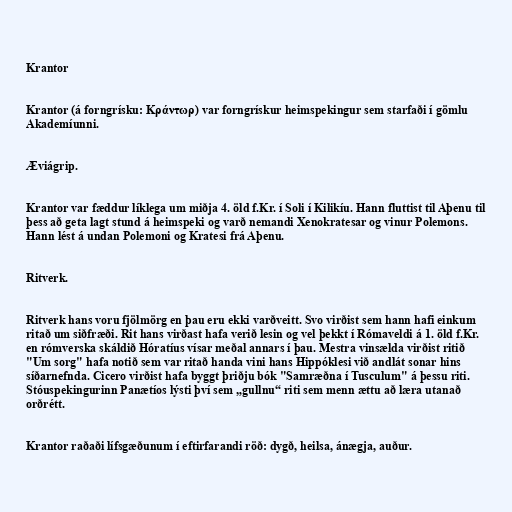
Krantor

Krantor (á forngrísku: Κράντωρ) var forngrískur heimspekingur sem starfaði í gömlu
Akademíunni.

Æviágrip.

Krantor var fæddur líklega um miðja 4. öld f.Kr. í Soli í Kilikíu. Hann fluttist til Aþenu til
þess að geta lagt stund á heimspeki og varð nemandi Xenokratesar og vinur Polemons.
Hann lést á undan Polemoni og Kratesi frá Aþenu.

Ritverk.

Ritverk hans voru fjölmörg en þau eru ekki varðveitt. Svo virðist sem hann hafi einkum
ritað um siðfræði. Rit hans virðast hafa verið lesin og vel þekkt í Rómaveldi á 1. öld f.Kr.
en rómverska skáldið Hóratíus vísar meðal annars í þau. Mestra vinsælda virðist ritið
"Um sorg" hafa notið sem var ritað handa vini hans Hippóklesi við andlát sonar hins
síðarnefnda. Cicero virðist hafa byggt þriðju bók "Samræðna í Tusculum" á þessu riti.
Stóuspekingurinn Panætíos lýsti því sem „gullnu“ riti sem menn ættu að læra utanað
orðrétt.

Krantor raðaði lífsgæðunum í eftirfarandi röð: dygð, heilsa, ánægja, auður.